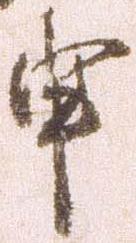
申